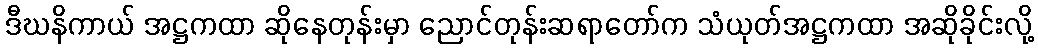
ဒီဃနိကာယ် အဋ္ဌကထာ ဆိုနေတုန်းမှာ ညောင်တုန်းဆရာတော်က သံယုတ်အဋ္ဌကထာ အဆိုခိုင်းလို့